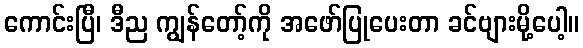
ကောင်းပြီ၊ ဒီည ကျွန်တော့်ကို အဖော်ပြုပေးတာ ခင်ဗျားမို့ပေါ့။